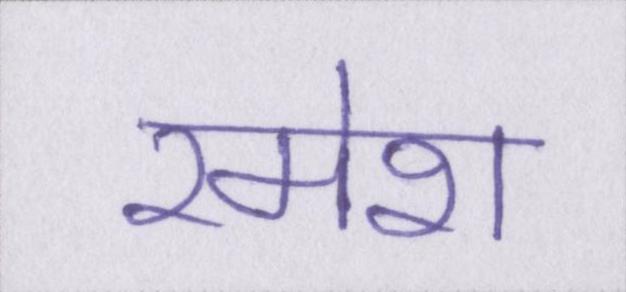
रमेश